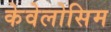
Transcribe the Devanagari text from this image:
केवेलोसिम